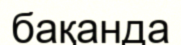
бақанда